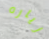
زياره